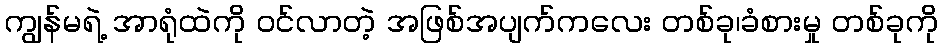
ကျွန်မရဲ့ အာရုံထဲကို ဝင်လာတဲ့ အဖြစ်အပျက်ကလေး တစ်ခု၊ခံစားမှု တစ်ခုကို